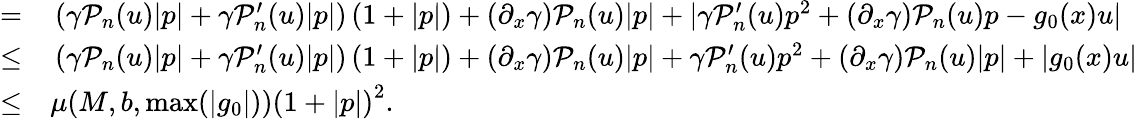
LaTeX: \begin{array}{rl}{=}&{{}\left(\gamma\mathcal{P}_{n}(u)\lvert p\rvert+\gamma\mathcal{P}_{n}^{\prime}(u)\lvert p\rvert\right)\left(1+\lvert p\rvert\right)+\left(\partial_{x}\gamma\right)\mathcal{P}_{n}(u)\lvert p\rvert+\lvert\gamma\mathcal{P}_{n}^{\prime}(u)p^{2}+\left(\partial_{x}\gamma\right)\mathcal{P}_{n}(u)p-g_{0}(x)u\rvert}\\ {\leq}&{{}\left(\gamma\mathcal{P}_{n}(u)\lvert p\rvert+\gamma\mathcal{P}_{n}^{\prime}(u)\lvert p\rvert\right)\left(1+\lvert p\rvert\right)+\left(\partial_{x}\gamma\right)\mathcal{P}_{n}(u)\lvert p\rvert+\gamma\mathcal{P}_{n}^{\prime}(u)p^{2}+\left(\partial_{x}\gamma\right)\mathcal{P}_{n}(u)\lvert p\rvert+\lvert g_{0}(x)u\rvert}\\ {\leq}&{{}\mu(M,b,\operatorname*{max}(|g_{0}|))\left(1+\lvert p\rvert\right)^{2}.}\end{array}